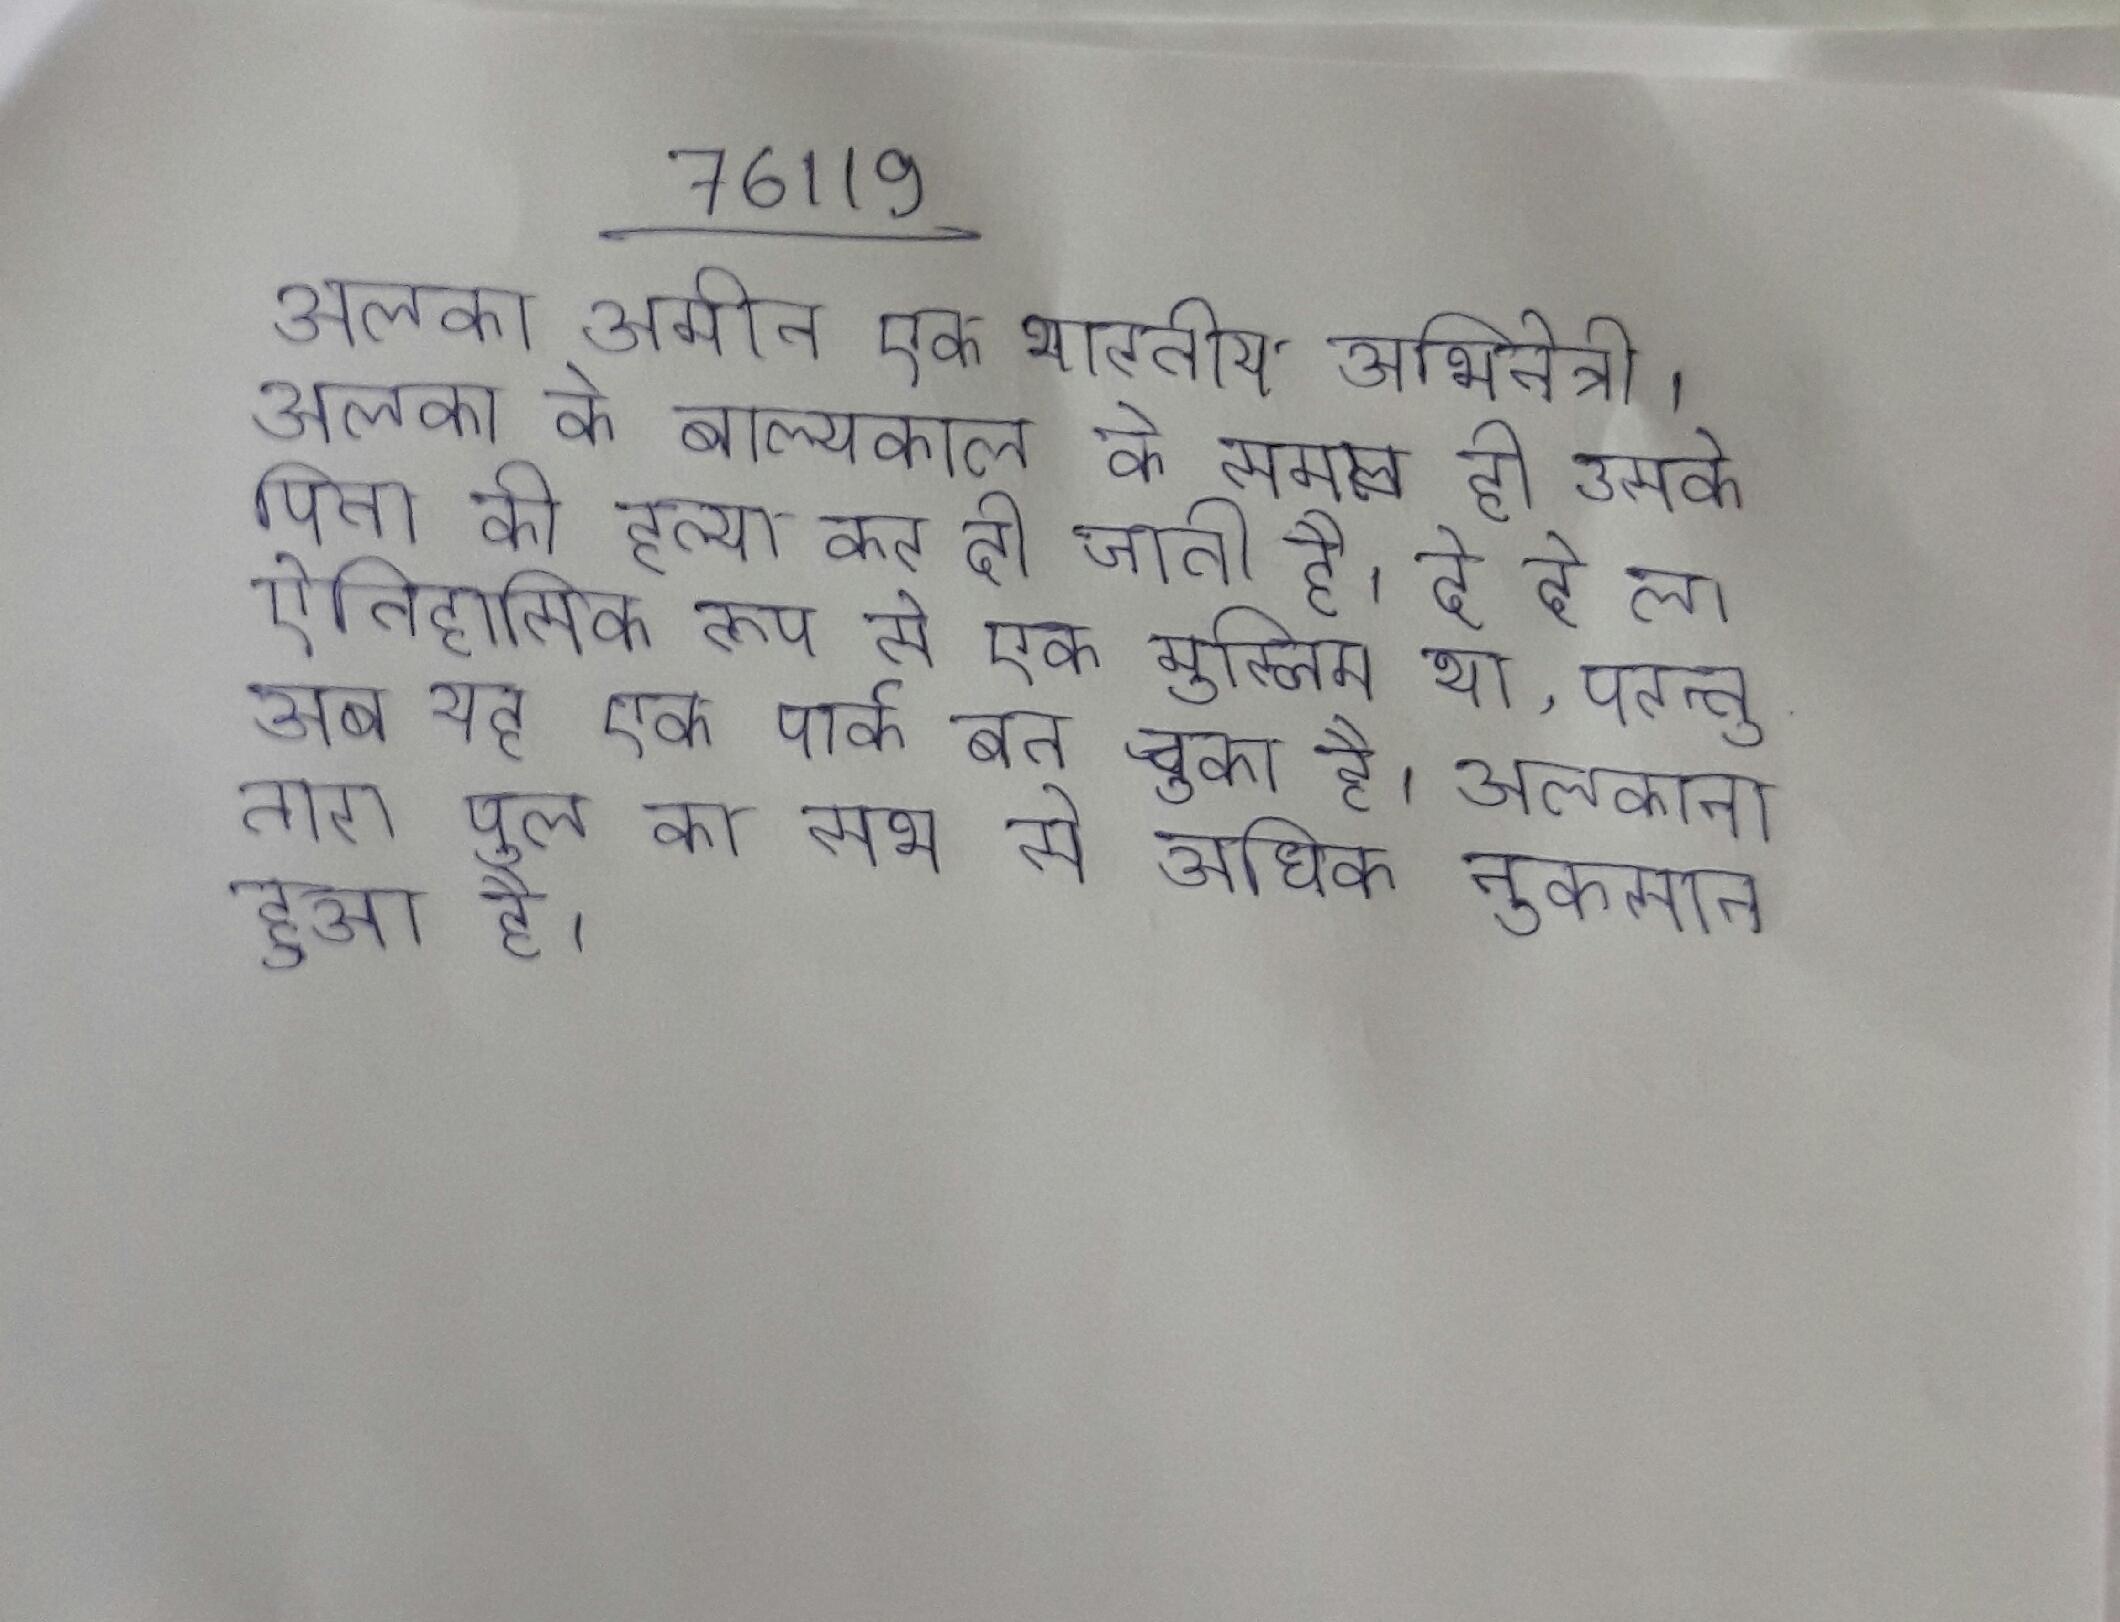
अलका अमीन एक भारतीय अभिनेत्री । अलका के बाल्यकाल के समय ही उसके पिता की हत्या कर दी जाती है । दे दे ला ऐतिहासिक रूप से एक मुस्लिम था, परन्तु अब यह एक पार्क बन चुका है । अलकानातारा पुल का सभ से अधिक नुकसान हुआ है ।